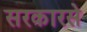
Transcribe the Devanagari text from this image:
सरकारसे